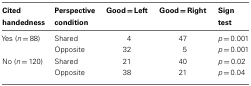
<table><thead><tr><td><b>Cited handedness</b></td><td><b>Perspective condition</b></td><td><b>Good = Left</b></td><td><b>Good = Right</b></td><td><b>Sign test</b></td></tr></thead><tbody><tr><td>Yes (<i>n</i> = 88)</td><td>Shared</td><td>4</td><td>47</td><td><i>p</i> = 0.001</td></tr><tr><td></td><td>Opposite</td><td>32</td><td>5</td><td><i>p</i> = 0.001</td></tr><tr><td>No (<i>n</i> = 120)</td><td>Shared</td><td>21</td><td>40</td><td><i>p</i> = 0.02</td></tr><tr><td></td><td>Opposite</td><td>38</td><td>21</td><td><i>p</i> = 0.04</td></tr></tbody></table>